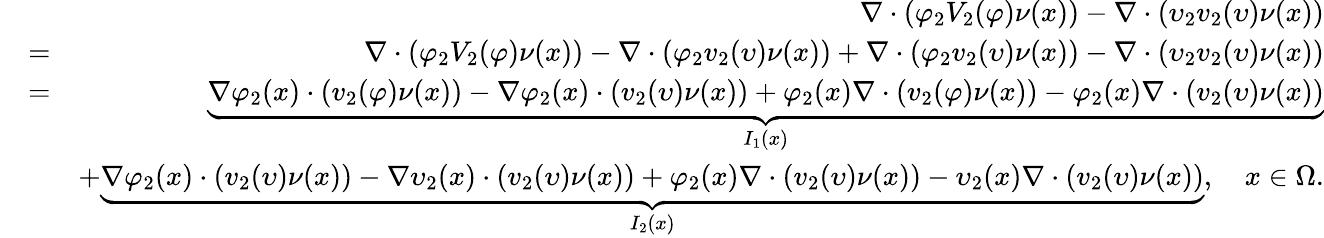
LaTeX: \begin{array}{rlr}&{}&{\nabla\cdot(\varphi_{2}V_{2}(\varphi)\nu(x))-\nabla\cdot(\upsilon_{2}v_{2}(\upsilon)\nu(x))}\\ &{=}&{\nabla\cdot(\varphi_{2}V_{2}(\varphi)\nu(x))-\nabla\cdot(\varphi_{2}v_{2}(\upsilon)\nu(x))+\nabla\cdot(\varphi_{2}v_{2}(\upsilon)\nu(x))-\nabla\cdot(\upsilon_{2}v_{2}(\upsilon)\nu(x))}\\ &{=}&{\underbrace{\nabla\varphi_{2}(x)\cdot(v_{2}(\varphi)\nu(x))-\nabla\varphi_{2}(x)\cdot(v_{2}(\upsilon)\nu(x))+\varphi_{2}(x)\nabla\cdot(v_{2}(\varphi)\nu(x))-\varphi_{2}(x)\nabla\cdot(v_{2}(\upsilon)\nu(x))}_{I_{1}(x)}}\\ &{}&{+\underbrace{\nabla\varphi_{2}(x)\cdot(v_{2}(\upsilon)\nu(x))-\nabla\upsilon_{2}(x)\cdot(v_{2}(\upsilon)\nu(x))+\varphi_{2}(x)\nabla\cdot(v_{2}(\upsilon)\nu(x))-\upsilon_{2}(x)\nabla\cdot(v_{2}(\upsilon)\nu(x))}_{I_{2}(x)},\quad x\in\Omega.}\end{array}